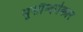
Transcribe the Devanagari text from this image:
भूसौन्दर्यकार